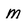
Character: m